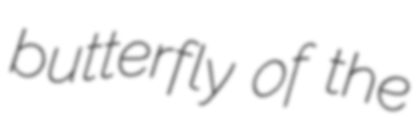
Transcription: butterfly of the